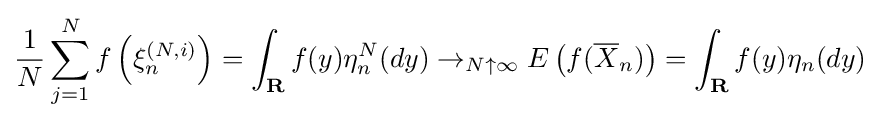
{\frac {1}{N}}\sum _{j=1}^{N}f\left(\xi _{n}^{(N,i)}\right)=\int _{\mathbf {R} }f(y)\eta _{n}^{N}(dy)\to _{N\uparrow \infty }E\left(f({\overline {X}}_{n})\right)=\int _{\mathbf {R} }f(y)\eta _{n}(dy)